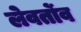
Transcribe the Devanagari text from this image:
लेवर्तोव